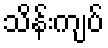
သိန်းကျပ်